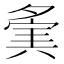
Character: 𡖷